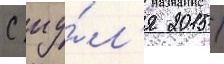
С иу́л'я 2015 /